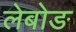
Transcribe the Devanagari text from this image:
लेबोङ